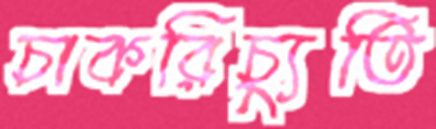
চাকরিচ্যুতি